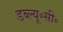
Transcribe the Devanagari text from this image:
डब्ल्यू॰सी॰